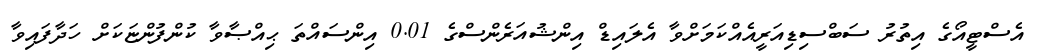
އެސްޓީއޯގެ އިތުރު ސަބްސިޑިއަރީއެއްކަމަށްވާ އެލައިޑް އިންޝުއަރެންސްގެ 0.01 އިންސައްތަ ޙިއްޞާާވާ ކުންފުންޏަކަށް ހަދާފައިވާ